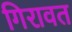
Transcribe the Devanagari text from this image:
गिरावत